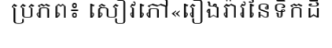
ប្រភព៖ សៀវភៅ«រឿងរ៉ាវនៃទឹកដី